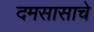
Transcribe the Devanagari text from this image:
दमसासाचे